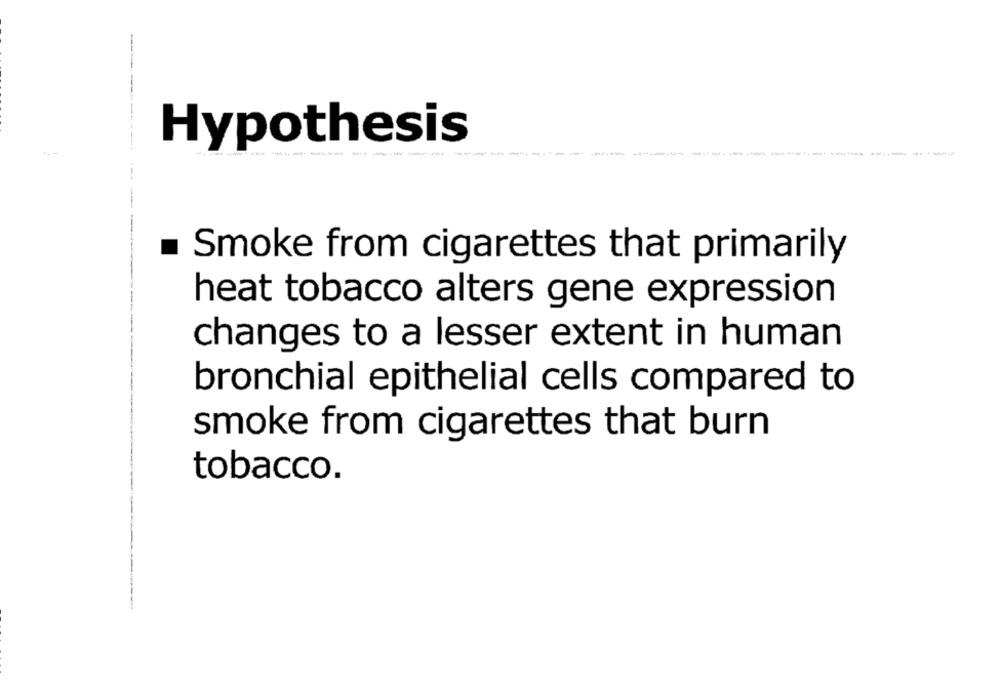
Hypothesis
------------
-------
Smoke from cigarettes that primarily
heat tobacco alters gene expression
changes to a lesser extent in human
bronchial epithelial cells compared to
smoke from cigarettes that burn
tobacco.